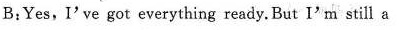
B:Yes,I've got everything ready. But I'm still a